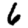
Digit: 6